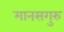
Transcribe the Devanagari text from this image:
मानसगुरु